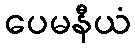
ပေမနီယံ